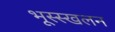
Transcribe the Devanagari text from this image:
भूस्स्खलन